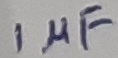
Text: 1µF